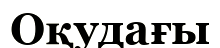
Оқудағы